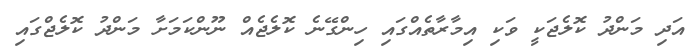
އަދި މަންދު ކޮލެޖަކީ ވަކި އިމާރާތެއްގައި ހިންގޭނެ ކޮލެޖެއް ނޫންކަމަށާ މަންދު ކޮލެޖްގައި